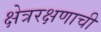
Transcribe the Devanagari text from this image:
क्षेत्ररक्षणाची